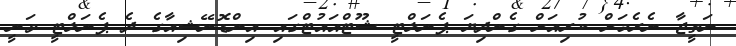
ނަތީޖާ ނެރެމަށް ކުރިއަށް ގެންދިޔަ ޕެނަލްޓީ ޝޫޓްއައުޓްގައި އިންޑޮނޭޝިއާގެ ދެ ޕެނަލްޓީ ވަނީ